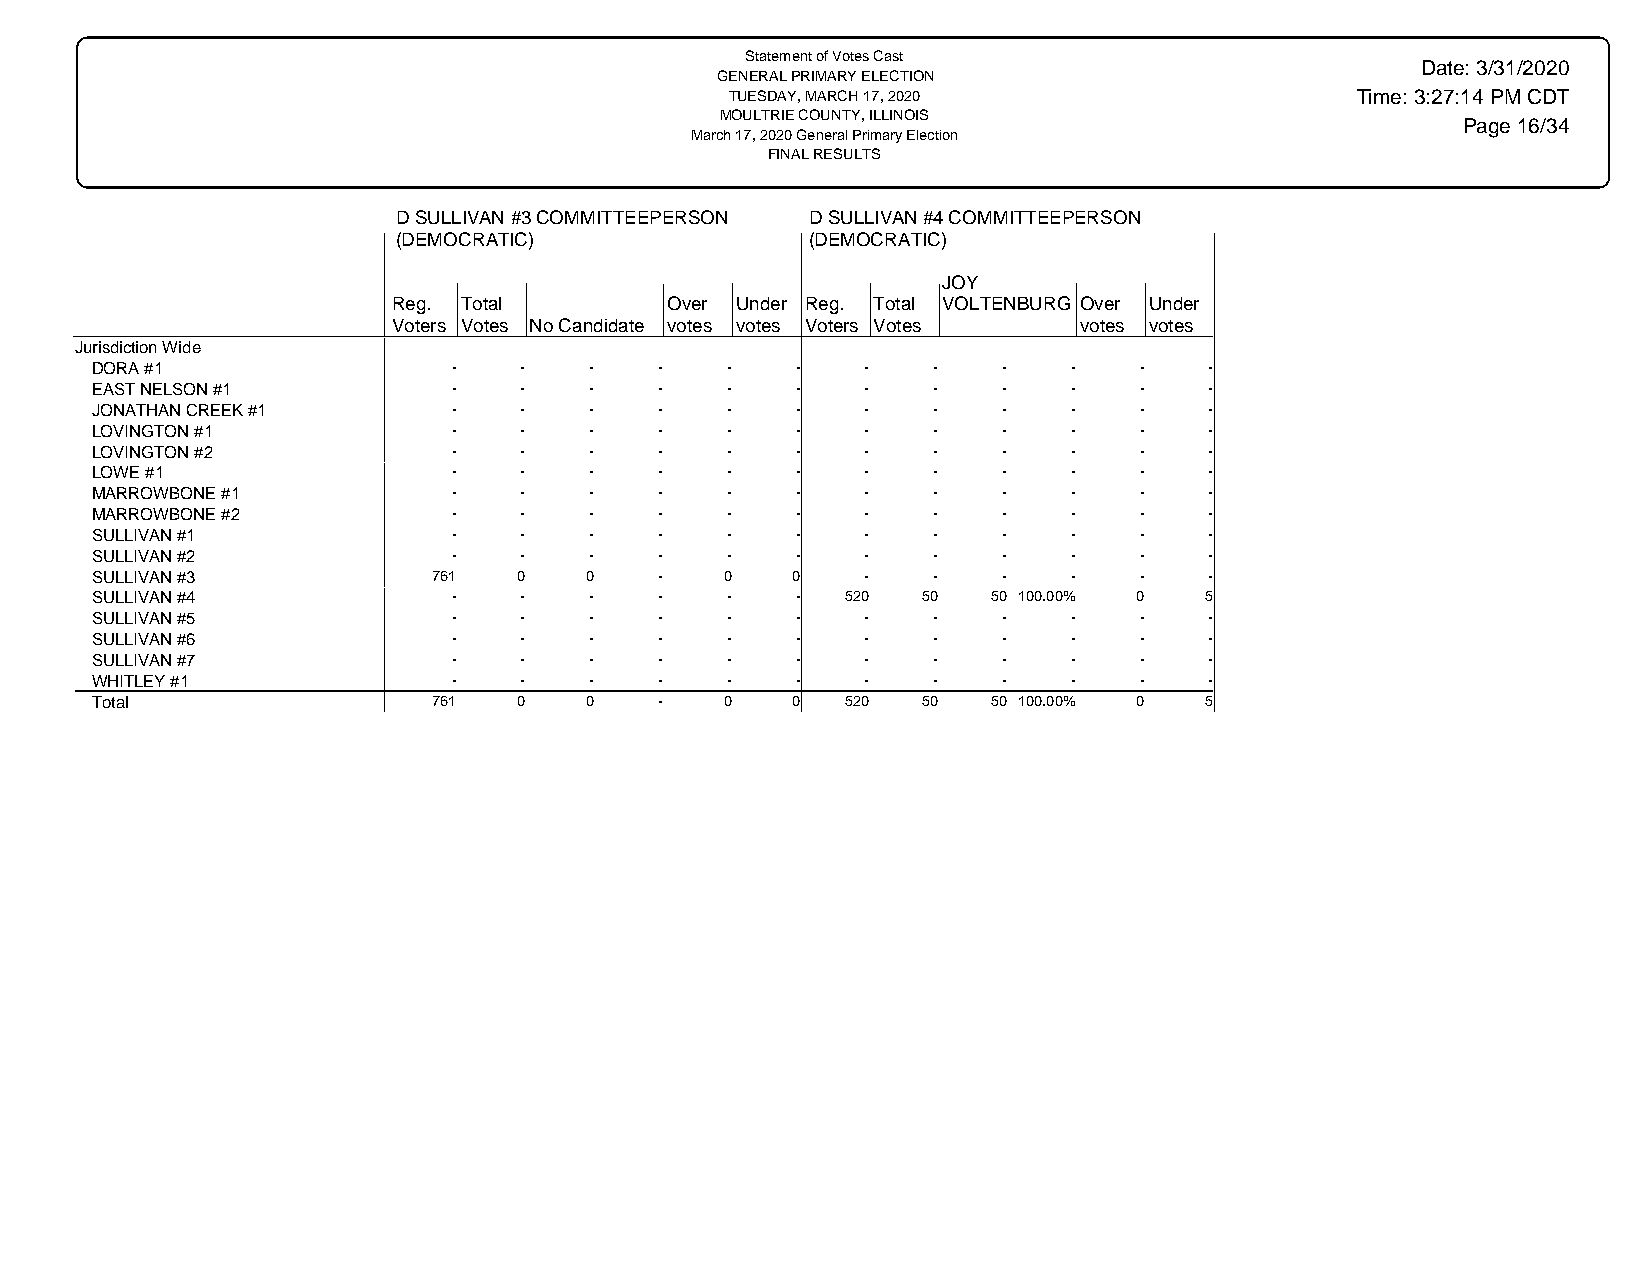
Statement of Votes Cast
 Date: 3/31/2020
 GENERAL PRIMARY ELECTION
 TUESDAY, MARCH 17, 2020                   Time: 3:27:14 PM CDT
 MOULTRIE COUNTY, ILLINOIS
 Page 16/34
 March 17, 2020 General Primary Election
 FINAL RESULTS
 D SULLIVAN #3 COMMITTEEPERSON D SULLIVAN #4 COMMITTEEPERSON
 (DEMOCRATIC)                (DEMOCRATIC)
 JOY
 Reg. Total        Over Under Reg. Total VOLTENBURG Over Under
 Voters Votes No Candidate votes votes Voters Votes votes votes
 Jurisdiction Wide
 DORA #1                 -   -    -    -   -    -   -    -   -    -   -    -
 EAST NELSON #1          -   -    -    -   -    -   -    -   -    -   -    -
 JONATHAN CREEK #1       -   -    -    -   -    -   -    -   -    -   -    -
 LOVINGTON #1            -   -    -    -   -    -   -    -   -    -   -    -
 LOVINGTON #2            -   -    -    -   -    -   -    -   -    -   -    -
 LOWE #1                 -   -    -    -   -    -   -    -   -    -   -    -
 MARROWBONE #1           -   -    -    -   -    -   -    -   -    -   -    -
 MARROWBONE #2           -   -    -    -   -    -   -    -   -    -   -    -
 SULLIVAN #1             -   -    -    -   -    -   -    -   -    -   -    -
 SULLIVAN #2             -   -    -    -   -    -   -    -   -    -   -    -
 SULLIVAN #3            761  0    0    -   0   0    -    -   -    -   -    -
 SULLIVAN #4             -   -    -    -   -    -  520  50   50 100.00% 0  5
 SULLIVAN #5             -   -    -    -   -    -   -    -   -    -   -    -
 SULLIVAN #6             -   -    -    -   -    -   -    -   -    -   -    -
 SULLIVAN #7             -   -    -    -   -    -   -    -   -    -   -    -
 WHITLEY #1              -   -    -    -   -    -   -    -   -    -   -    -
 Total                  761  0    0    -   0   0   520  50   50 100.00% 0  5